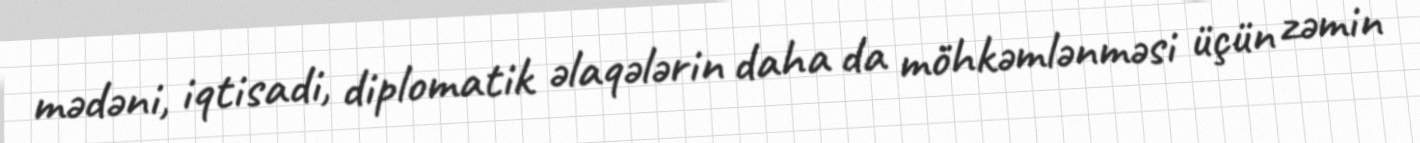
mədəni, iqtisadi, diplomatik əlaqələrin daha da möhkəmlənməsi üçün zəmin